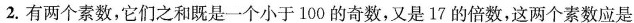
2.有两个素数，它们之和既是一个小于100的奇数，又是17的倍数，这两个素数应是